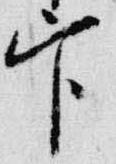
官